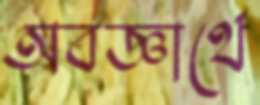
অবজ্ঞার্থে